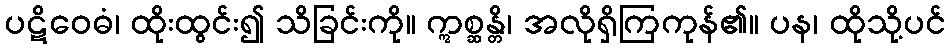
ပဋိဝေဓံ၊ ထိုးထွင်း၍ သိခြင်းကို။ ဣစ္ဆန္တိ၊ အလိုရှိကြကုန်၏။ ပန၊ ထိုသို့ပင်